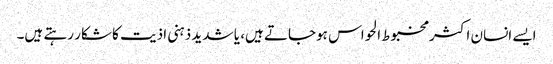
ایسے انسان اکثر مخبوط الحواس ہوجاتے ہیں، یا شدید ذہنی اذیت کا شکار رہتے ہیں۔